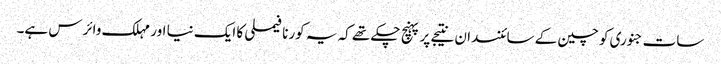
سات جنوری کو چین کے سائنسدان نتیجے پر پہنچ چکے تھے کہ یہ کورنا فیملی کا ایک نیا اور مہلک وائرس ہے۔